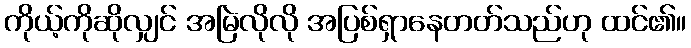
ကိုယ့်ကိုဆိုလျှင် အမြဲလိုလို အပြစ်ရှာနေတတ်သည်ဟု ထင်၏။